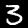
Label: 3